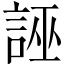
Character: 誣